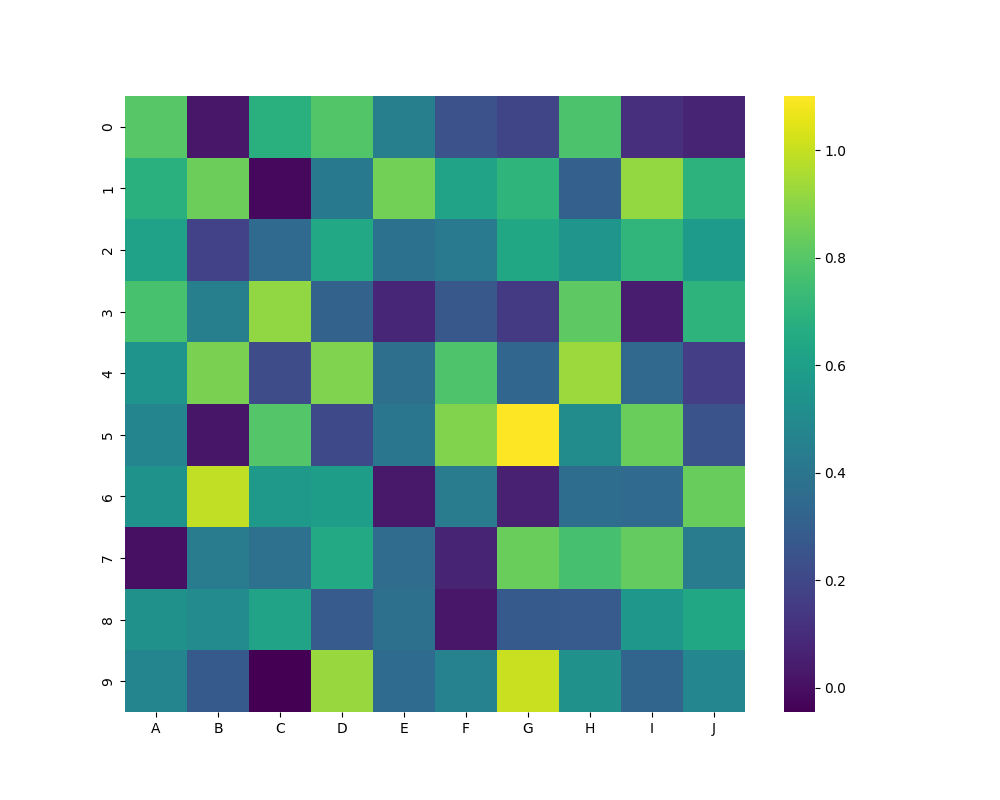
python, seaborn, heatmap, cmap='viridis', linewidths=0.0, center=none